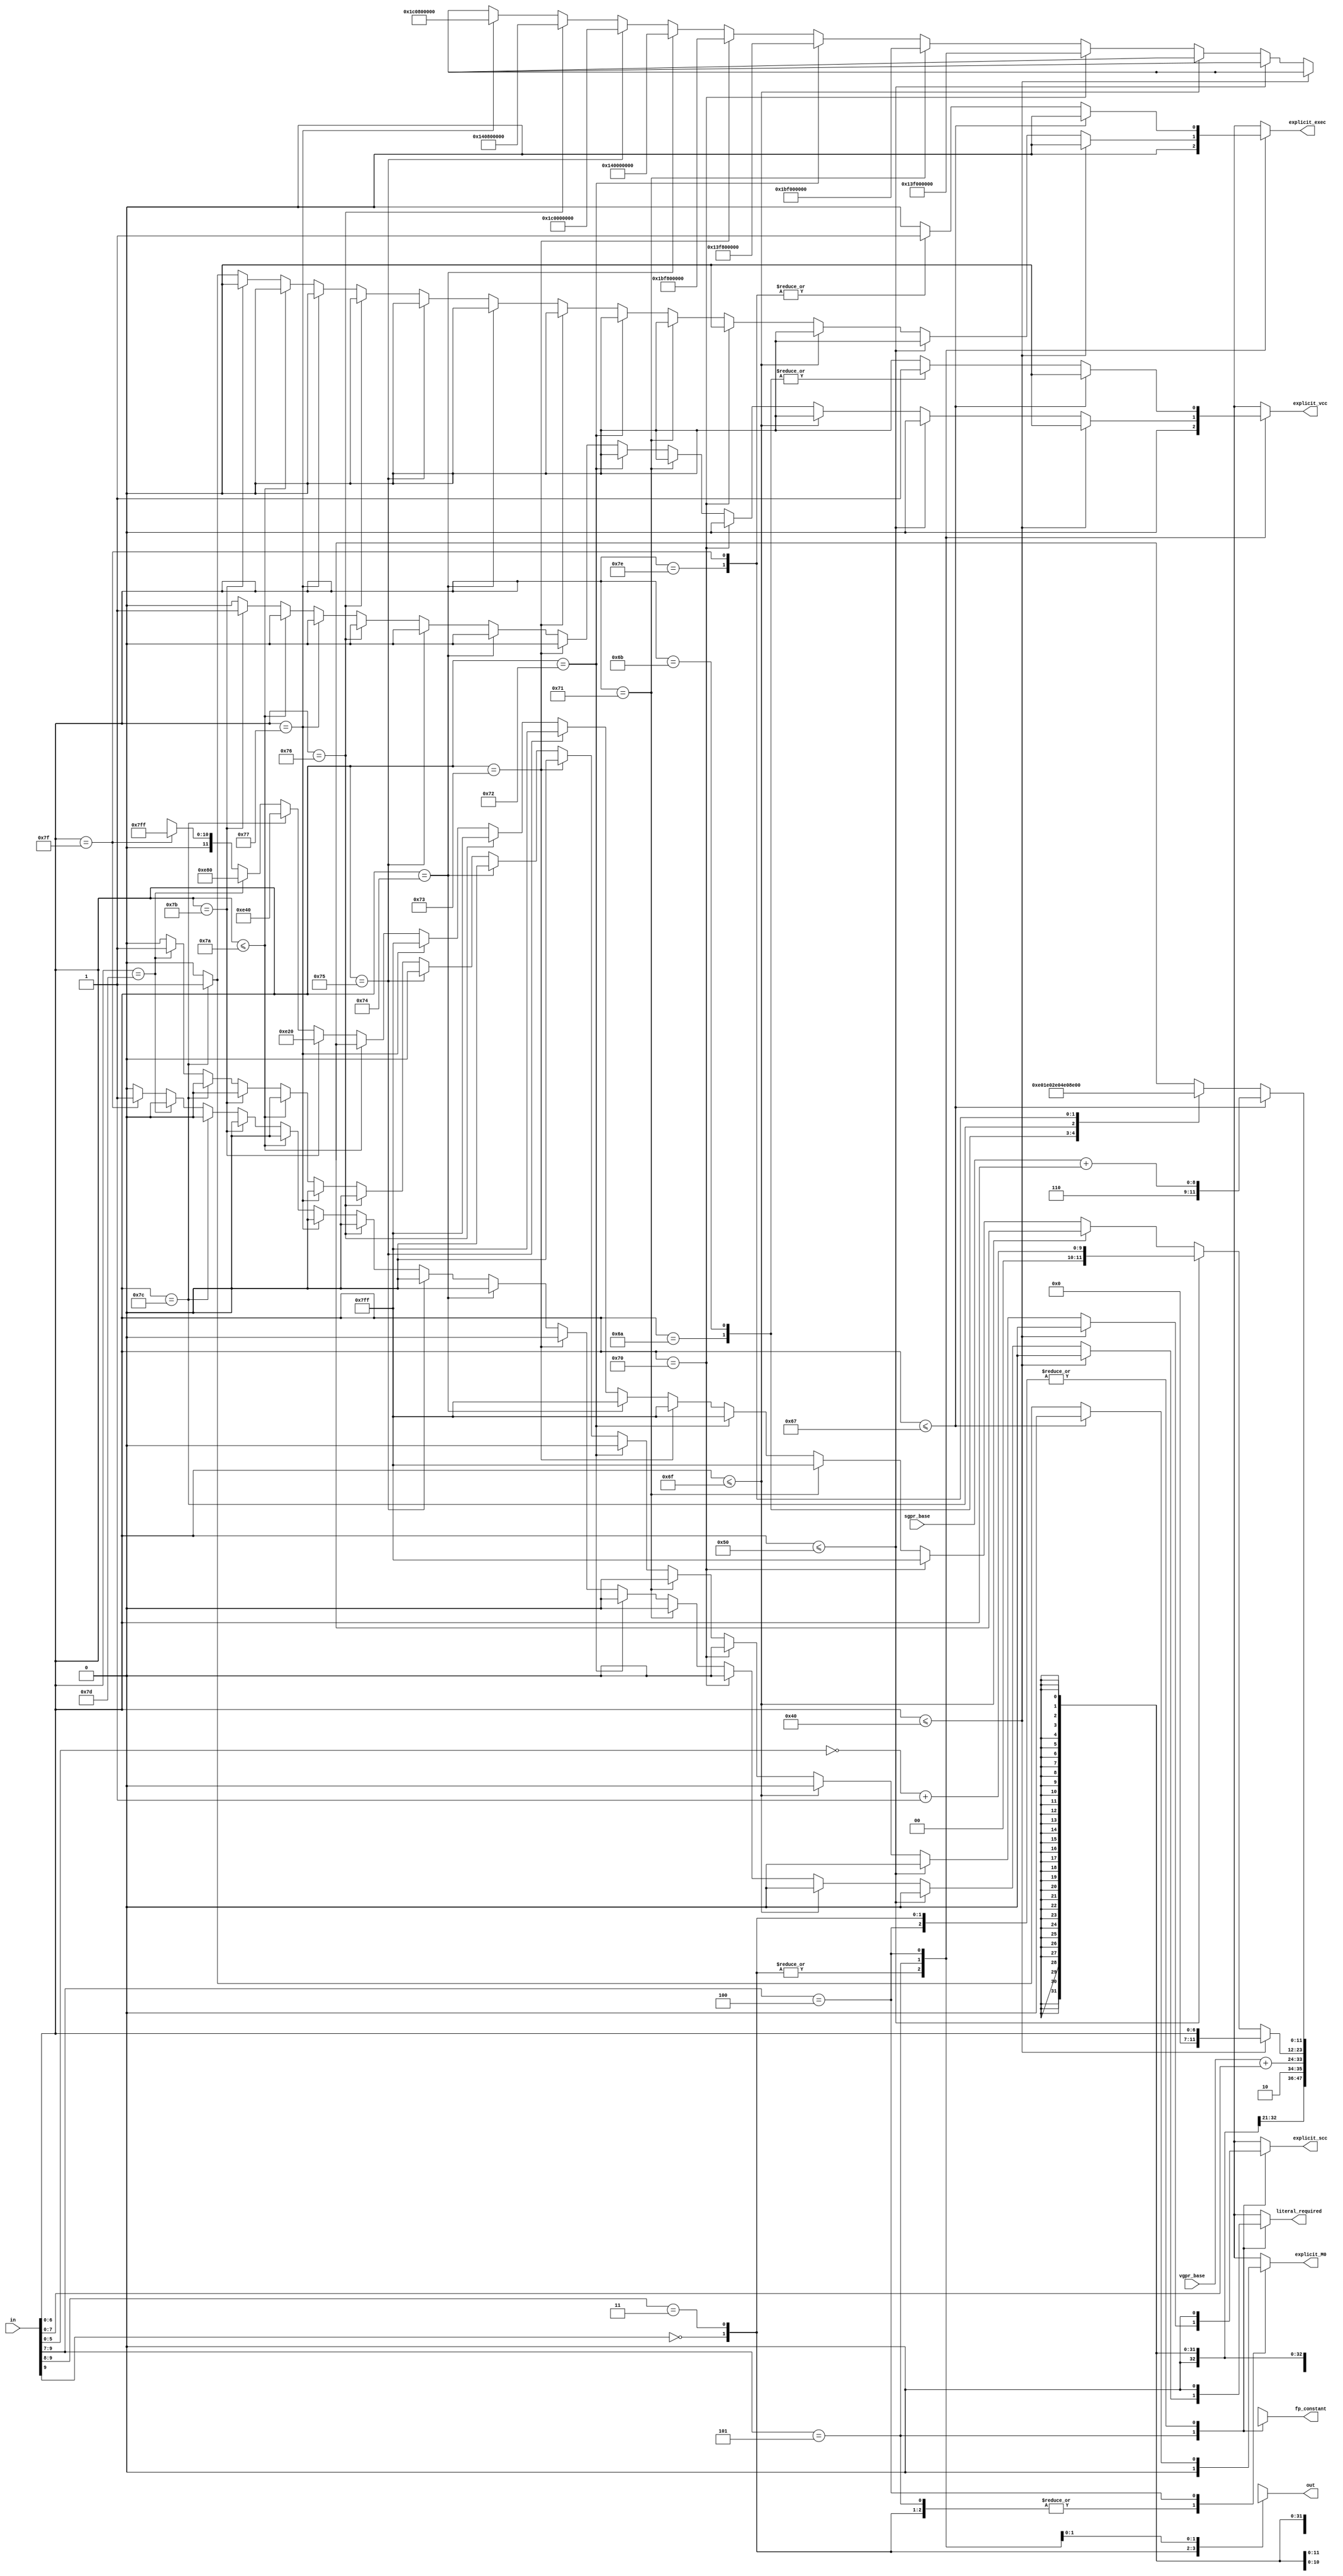
module reg_field_encoder (
 in,
 sgpr_base,
 vgpr_base,
 out,
 literal_required,
 explicit_vcc,
 explicit_exec,
 explicit_scc,
 explicit_M0,
 fp_constant
);

input [9:0] in;
input [8:0] sgpr_base;
input [9:0] vgpr_base;
output [11:0] out;
output literal_required;
output explicit_vcc;
output explicit_exec;
output explicit_scc;
output explicit_M0;
output [32:0] fp_constant;

reg [11:0] out;
reg literal_required;
reg explicit_vcc;
reg explicit_exec;
reg explicit_scc;
reg explicit_M0;
reg [32:0] fp_constant;

wire [8:0] sgpr_address;
wire [9:0] vgpr_address;
wire signed [9:0] negative_constant;

assign sgpr_address = sgpr_base + in[6:0];
assign vgpr_address = vgpr_base + in[7:0];
assign negative_constant = (~{4'b0,in[5:0]}) + 10'b1;

always @(*)
begin
  casex(in)
    //invalid operand
    10'b0?_????_????:
      begin
        out <= {1'b0,{11{1'bx}}};
        literal_required <= 1'b0;
        explicit_vcc <= 1'b0;
        explicit_exec <= 1'b0;
        explicit_scc <= 1'b0;
        explicit_M0 <= 1'b0;
        fp_constant <= {1'b0,{32{1'bx}}};
      end
    //vgpr
    10'b11_????_????:
      begin
        out <= {2'b10,vgpr_address};
	literal_required <= 1'b0;
        explicit_vcc <= 1'b0;
        explicit_exec <= 1'b0;
        explicit_scc <= 1'b0;
        explicit_M0 <= 1'b0;
        fp_constant <= {1'b0,{32{1'bx}}};
      end
    //Integer constants and reserved fields or literal constant
    10'b10_1???_????:
      begin
        //Zero and positive integer constants
        if(in[6:0] <= 7'd64) begin 
          out <= {5'd0,in[6:0]};
	  literal_required <= 1'b0;
          explicit_vcc <= 1'b0;
          explicit_exec <= 1'b0;
          explicit_scc <= 1'b0;
          explicit_M0 <= 1'b0;
          fp_constant <= {1'b0,{32{1'bx}}};
        end
        //negative integer constant
        else if(in[6:0] <= 7'd80) begin
          out <= {2'b00,negative_constant};
	  literal_required <= 1'b0;
          explicit_vcc <= 1'b0;
          explicit_exec <= 1'b0;
          explicit_scc <= 1'b0;
          explicit_M0 <= 1'b0;
          fp_constant <= {1'b0,{32{1'bx}}};
        end
        //reserved field
        else if(in[6:0] <= 7'd111) begin
          out <= {1'b0,{11{1'bx}}};
	  literal_required <= 1'b0;
          explicit_vcc <= 1'b0;
          explicit_exec <= 1'b0;
          explicit_scc <= 1'b0;
          explicit_M0 <= 1'b0;
          fp_constant <= {1'b0,{32{1'bx}}};
        end
        //floating point constant: 0.5
        else if(in[6:0] == 7'd112) begin
          out <= {1'b0,11'b111_1111_1111};
	  literal_required <= 1'b0;
          explicit_vcc <= 1'b0;
          explicit_exec <= 1'b0;
          explicit_scc <= 1'b0;
          explicit_M0 <= 1'b0;
          fp_constant <= {1'b1,32'h3f00_0000};
        end
        //floating point constant: -0.5
        else if(in[6:0] == 7'd113) begin
          out <= {1'b0,11'b111_1111_1111};
	  literal_required <= 1'b0;
          explicit_vcc <= 1'b0;
          explicit_exec <= 1'b0;
          explicit_scc <= 1'b0;
          explicit_M0 <= 1'b0;
          fp_constant <= {1'b1,32'hbf00_0000};
        end
        //floating point constant: 1.0
        else if(in[6:0] == 7'd114) begin
          out <= {1'b0,11'b111_1111_1111};
	  literal_required <= 1'b0;
          explicit_vcc <= 1'b0;
          explicit_exec <= 1'b0;
          explicit_scc <= 1'b0;
          explicit_M0 <= 1'b0;
          fp_constant <= {1'b1,32'h3f80_0000};
        end
        //floating point constant: -1.0
        else if(in[6:0] == 7'd115) begin
          out <= {1'b0,11'b111_1111_1111};
	  literal_required <= 1'b0;
          explicit_vcc <= 1'b0;
          explicit_exec <= 1'b0;
          explicit_scc <= 1'b0;
          explicit_M0 <= 1'b0;
          fp_constant <= {1'b1,32'hbf80_0000};
        end
        //floating point constant: 2.0
        else if(in[6:0] == 7'd116) begin
          out <= {1'b0,11'b111_1111_1111};
	  literal_required <= 1'b0;
          explicit_vcc <= 1'b0;
          explicit_exec <= 1'b0;
          explicit_scc <= 1'b0;
          explicit_M0 <= 1'b0;
          fp_constant <= {1'b1,32'h4000_0000};
        end
        //floating point constant: -2.0
        else if(in[6:0] == 7'd117) begin
          out <= {1'b0,11'b111_1111_1111};
	  literal_required <= 1'b0;
          explicit_vcc <= 1'b0;
          explicit_exec <= 1'b0;
          explicit_scc <= 1'b0;
          explicit_M0 <= 1'b0;
          fp_constant <= {1'b1,32'hc000_0000};
        end
        //floating point constant: 4.0
        else if(in[6:0] == 7'd118) begin
          out <= {1'b0,11'b111_1111_1111};
	  literal_required <= 1'b0;
          explicit_vcc <= 1'b0;
          explicit_exec <= 1'b0;
          explicit_scc <= 1'b0;
          explicit_M0 <= 1'b0;
          fp_constant <= {1'b1,32'h4080_0000};
        end
        //floating point constant: -4.0
        else if(in[6:0] == 7'd119) begin
          out <= {1'b0,11'b111_1111_1111};
	  literal_required <= 1'b0;
          explicit_vcc <= 1'b0;
          explicit_exec <= 1'b0;
          explicit_scc <= 1'b0;
          explicit_M0 <= 1'b0;
          fp_constant <= {1'b1,32'hc080_0000};
        end
        //reserved field
        else if(in[6:0] <= 7'd122) begin
          out <= {1'b0,{11{1'bx}}};
	  literal_required <= 1'b0;
          explicit_vcc <= 1'b0;
          explicit_exec <= 1'b0;
          explicit_scc <= 1'b0;
          explicit_M0 <= 1'b0;
          fp_constant <= {1'b0,{32{1'bx}}};
        end
        //VCCZ
	else if(in[6:0] == 7'd123) begin
          out <= {3'b111,9'd32};
	  literal_required <= 1'b0;
          explicit_vcc <= 1'b1;
          explicit_exec <= 1'b0;
          explicit_scc <= 1'b0;
          explicit_M0 <= 1'b0;
          fp_constant <= {1'b0,{32{1'bx}}};
        end
        //EXECZ
	else if(in[6:0] == 7'd124) begin
          out <= {3'b111,9'd64};
	  literal_required <= 1'b0;
          explicit_vcc <= 1'b0;
          explicit_exec <= 1'b1;
          explicit_scc <= 1'b0;
          explicit_M0 <= 1'b0;
          fp_constant <= {1'b0,{32{1'bx}}};
        end
        //SCC
	else if(in[6:0] == 7'd125) begin
          out <= {3'b111,9'd128};
	  literal_required <= 1'b0;
          explicit_vcc <= 1'b0;
          explicit_exec <= 1'b0;
          explicit_scc <= 1'b1;
          explicit_M0 <= 1'b0;
          fp_constant <= {1'b0,{32{1'bx}}};
        end
	//Literal constant in instruction stream!
	else if(in[6:0] == 7'd127) begin
          out <= {1'b0,11'b111_1111_1111};
	  literal_required <= 1'b1;
          explicit_vcc <= 1'b0;
          explicit_exec <= 1'b0;
          explicit_scc <= 1'b0;
          explicit_M0 <= 1'b0;
          fp_constant <= {1'b0,{32{1'bx}}};
	end
        //reserved
        else begin
          out <= {1'b0,{11{1'bx}}};
	  literal_required <= 1'b0;
          explicit_vcc <= 1'b0;
          explicit_exec <= 1'b0;
          explicit_scc <= 1'b0;
          explicit_M0 <= 1'b0;
          fp_constant <= {1'b0,{32{1'bx}}};
        end
      end
    //sgpr or exec or vcc or reserved field
    10'b10_0???_????:
      begin
        //sgpr
        if(in[6:0] <= 7'd103) begin
          out <= {3'b110,sgpr_address};
	  literal_required <= 1'b0;
          explicit_vcc <= 1'b0;
          explicit_exec <= 1'b0;
          explicit_scc <= 1'b0;
          explicit_M0 <= 1'b0;
          fp_constant <= {1'b0,{32{1'bx}}};
        end
        //special registers or reserved fields
        else begin
          casex(in[6:0])
            //VCC_LO
            7'd106:
              begin
                out <= {3'b111,9'd1};
	        literal_required <= 1'b0;
                explicit_vcc <= 1'b1;
                explicit_exec <= 1'b0;
                explicit_scc <= 1'b0;
                explicit_M0 <= 1'b0;
                fp_constant <= {1'b0,{32{1'bx}}};
              end
            //VCC_HI
            7'd107:
              begin
                out <= {3'b111,9'd2};
	        literal_required <= 1'b0;
                explicit_vcc <= 1'b1;
                explicit_exec <= 1'b0;
                explicit_scc <= 1'b0;
                explicit_M0 <= 1'b0;
                fp_constant <= {1'b0,{32{1'bx}}};
              end
            //M0
            7'd124:
              begin
                out <= {3'b111,9'd4};
	        literal_required <= 1'b0;
                explicit_vcc <= 1'b0;
                explicit_exec <= 1'b0;
                explicit_scc <= 1'b0;
                explicit_M0 <= 1'b1;
                fp_constant <= {1'b0,{32{1'bx}}};
              end
            //EXEC_LO
            7'd126:
              begin
                out <= {3'b111,9'd8};
	        literal_required <= 1'b0;
                explicit_vcc <= 1'b0;
                explicit_exec <= 1'b1;
                explicit_scc <= 1'b0;
                explicit_M0 <= 1'b0;
                fp_constant <= {1'b0,{32{1'bx}}};
              end
            //EXEC_HI
            7'd127:
              begin
                out <= {3'b111,9'd16};
	        literal_required <= 1'b0;
                explicit_vcc <= 1'b0;
                explicit_exec <= 1'b1;
                explicit_scc <= 1'b0;
                explicit_M0 <= 1'b0;
                fp_constant <= {1'b0,{32{1'bx}}};
              end
            //reserved field
            default:
              begin
                out <= {1'b0,{11{1'bx}}};
	        literal_required <= 1'b0;
                explicit_vcc <= 1'b0;
                explicit_exec <= 1'b0;
                explicit_scc <= 1'b0;
                explicit_M0 <= 1'b0;
                fp_constant <= {1'b0,{32{1'bx}}};
              end
          endcase
        end
      end
    //Error condition
    default:
      begin
        out <= {1'b0,{11{1'bx}}};
	literal_required <= 1'b0;
        explicit_vcc <= 1'b0;
        explicit_exec <= 1'b0;
        explicit_scc <= 1'b0;
        explicit_M0 <= 1'b0;
        fp_constant <= {1'b0,{32{1'bx}}};
      end
  endcase
end
endmodule